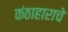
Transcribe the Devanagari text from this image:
कंठाहाराचे